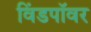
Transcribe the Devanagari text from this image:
विंडपॉवर